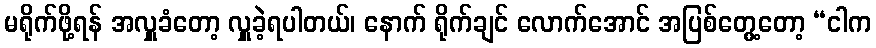
မရိုက်ဖို့ရန် အလှူခံတော့ လှူခဲ့ရပါတယ်၊ နောက် ရိုက်ချင် လောက်အောင် အပြစ်တွေ့တော့ “ငါက